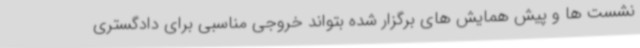
نشست ها و پیش همایش های برگزار شده بتواند خروجی مناسبی برای دادگستری